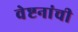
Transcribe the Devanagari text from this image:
वेष्टनांची